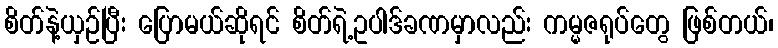
စိတ်နဲ့ယှဉ်ပြီး ပြောမယ်ဆိုရင် စိတ်ရဲ့ဥပါဒ်ခဏမှာလည်း ကမ္မဇရုပ်တွေ ဖြစ်တယ်၊